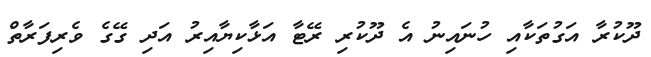
ދޫކުރާ އަގުތަކާއި ހުނައިނުު އެ ދޫކުރި ރޭޓާ އަޅާކިޔާއިރު އަދި ގޭގެ ވެރިފަރާތް